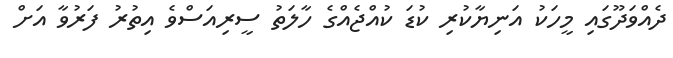
ދެއްވަދޫގައި މީހަކު އަނިޔާކުރި ކުޑަ ކުއްޖެއްގެ ހާލަތު ސީރިއަސްވެ އިތުރު ފަރުވާ އަށް